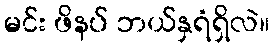
မင်း ဖိနပ် ဘယ်နှရံရှိလဲ။